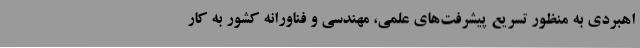
اهبردی به منظور تسریع پیشرفت‌های علمی، مهندسی و فناورانه کشور به کار